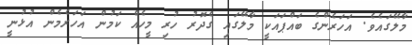
މާލޭގައެވެ. އަހަރެންގެ ބައްޕައަކީ މާލޭގައި ގެދޮރު ހުރި މީހެއް ކަމުން އަހަރެމެން އުޅުނީ